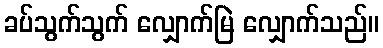
ခပ်သွက်သွက် လျှောက်မြဲ လျှောက်သည်။